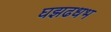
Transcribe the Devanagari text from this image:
घझढधभ